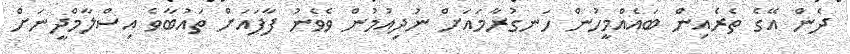
ދެން އޭގެ ތެރެއިން ބައެއްމީހުން ހަނގުރާމައަށް ނުދިއުމުން ވެވެނު ފާފައަށް ތައުބާވެ އިސްލާމްދީނަށް